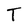
Character: T